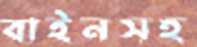
বাইনসহ